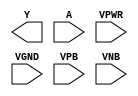
module sky130_fd_sc_ls__clkdlyinv5sd3 (
    Y   ,
    A   ,
    VPWR,
    VGND,
    VPB ,
    VNB
);

    output Y   ;
    input  A   ;
    input  VPWR;
    input  VGND;
    input  VPB ;
    input  VNB ;
endmodule